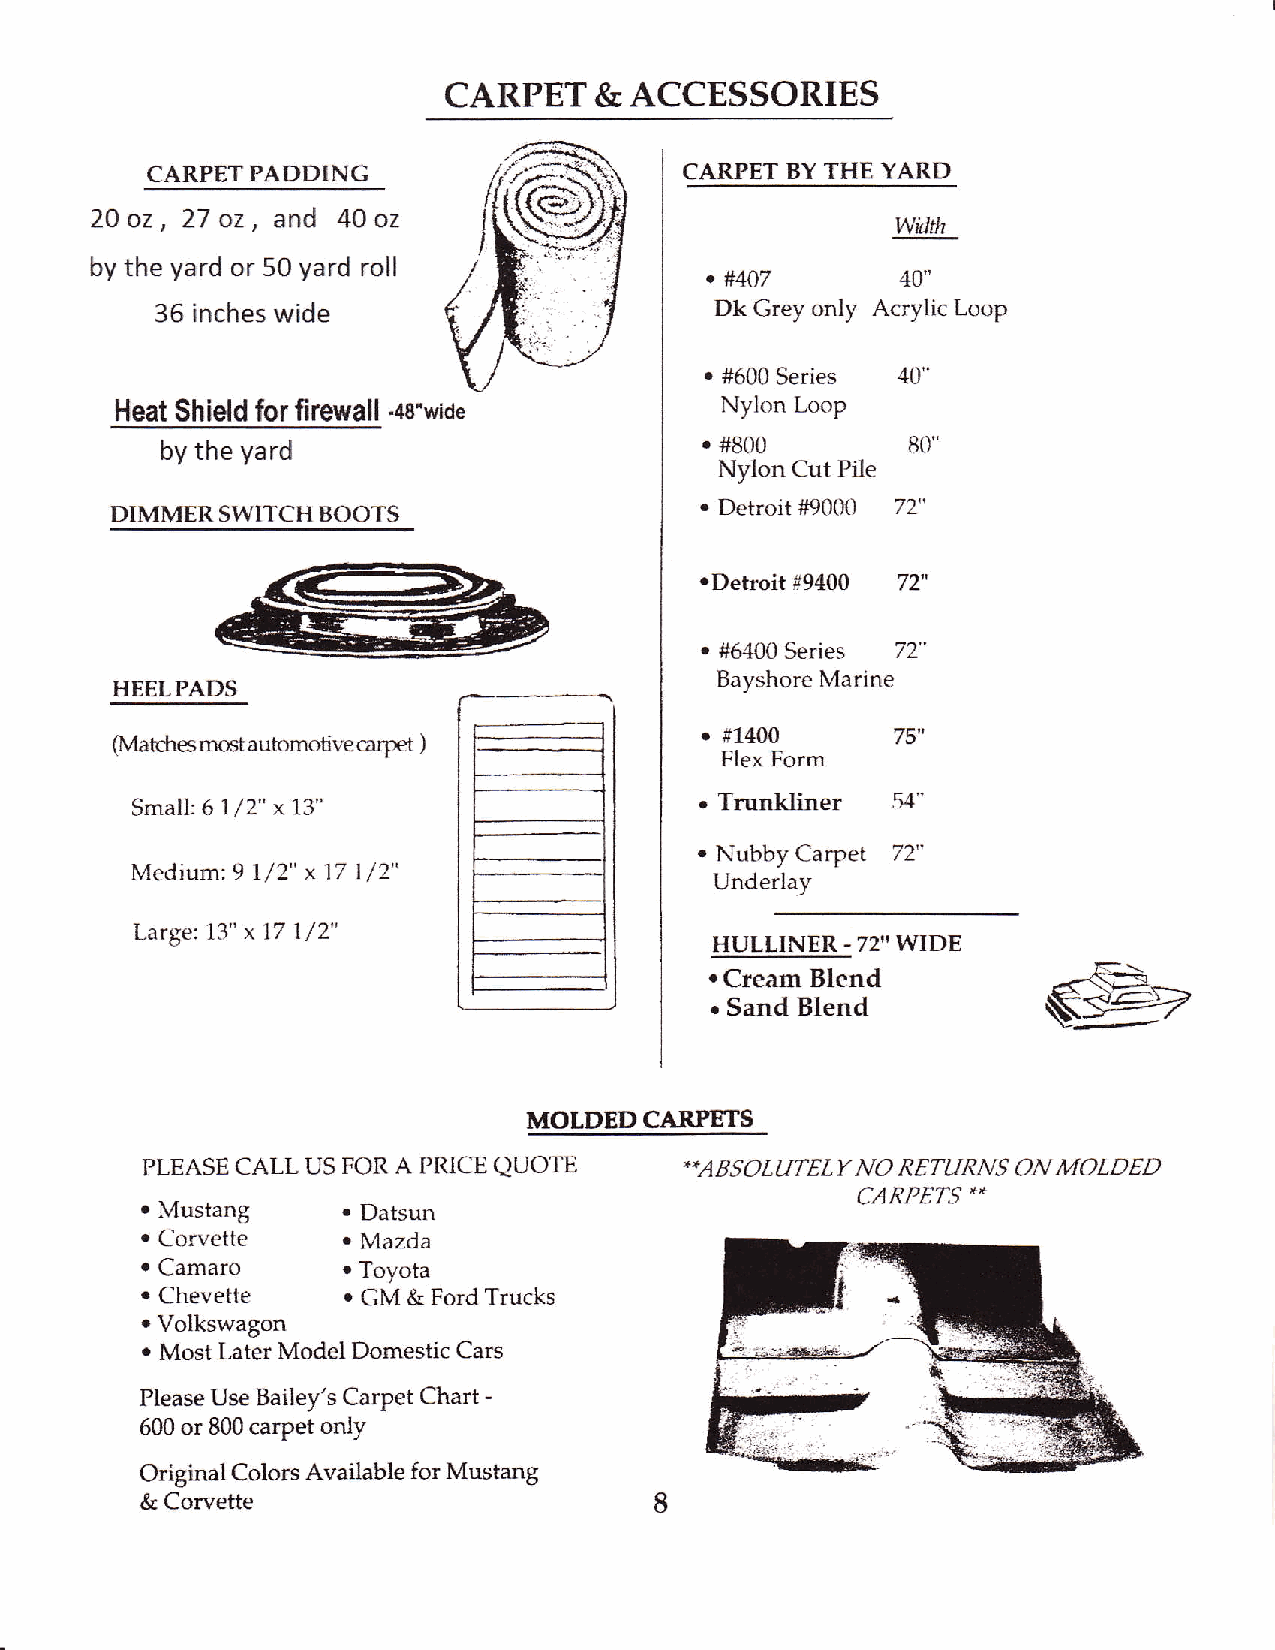
CARPET    &  ACCESSORIES
 CARPETPADDING                      CARPET BY THE YARD
 20 oz , 27 oz, and 40 oz                             widk
 by the yard or 50 yard roll               #407
 o            40"
 36 inches wide                       Dk Grey only Acrylic Loop
 .
 #600 Series 40"
 Heat Shield for firewall -ae"wiae       Nylon Loop
 by the yard                         e #800       80"
 Nylon Cut PiIe
 .
 DIMMER  SWITCH BOOTS                     Detroit if9000 72"
 oDetroit
 #9400
 .     Series
 #6400      72"
 Bayshore Marine
 HEELPADS
 (Matches mcnt automotive carpet )      o f1400      /J
 Flex Form
 Small:6 /2" x13"                     . Trunkliner E,|"
 1
 .
 Nubby Ca rpet
 Medium: 9l/2" x l7 /2"
 1                       Underlay
 w
 Large: 13" x17 7/2"
 HULLINER - 72" WIDE
 E_\
 . Cream Blend
 . Sand Blend
 MOLDEDCARPETS
 PLEASE CALL US FOR A PITICE QUOTE   -UBSOLATELY NO RETLIRNS ON MOLDEI)
 -'
 .             .                                 CARPETS
 Mustang      Datsun
 .             .
 Corvette     Mazda
 . Camaro      . Toyota
 .             .
 Chevette     GM & Ford Trucks
 .
 Volkswagon
 .
 Most Later Modei Domestic Cars
 Please Use Bailey's Carpet Chart -
 600 or 800 carpet oniy
 Original Colors Available for Mustang
 & Corvette                        8